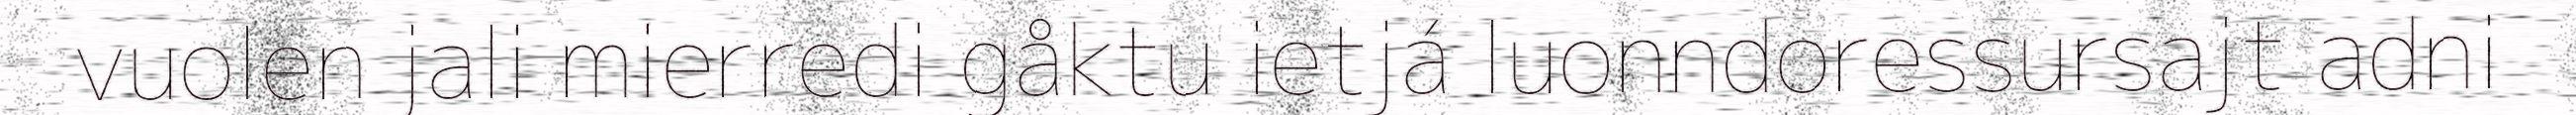
vuolen jali mierredi gåktu ietjá luonndoressursajt adni